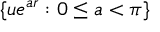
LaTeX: \lbrace u e ^ { a r } : 0 \leq a < \pi \rbrace